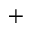
^ +